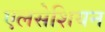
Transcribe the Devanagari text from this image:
एलसेशियन